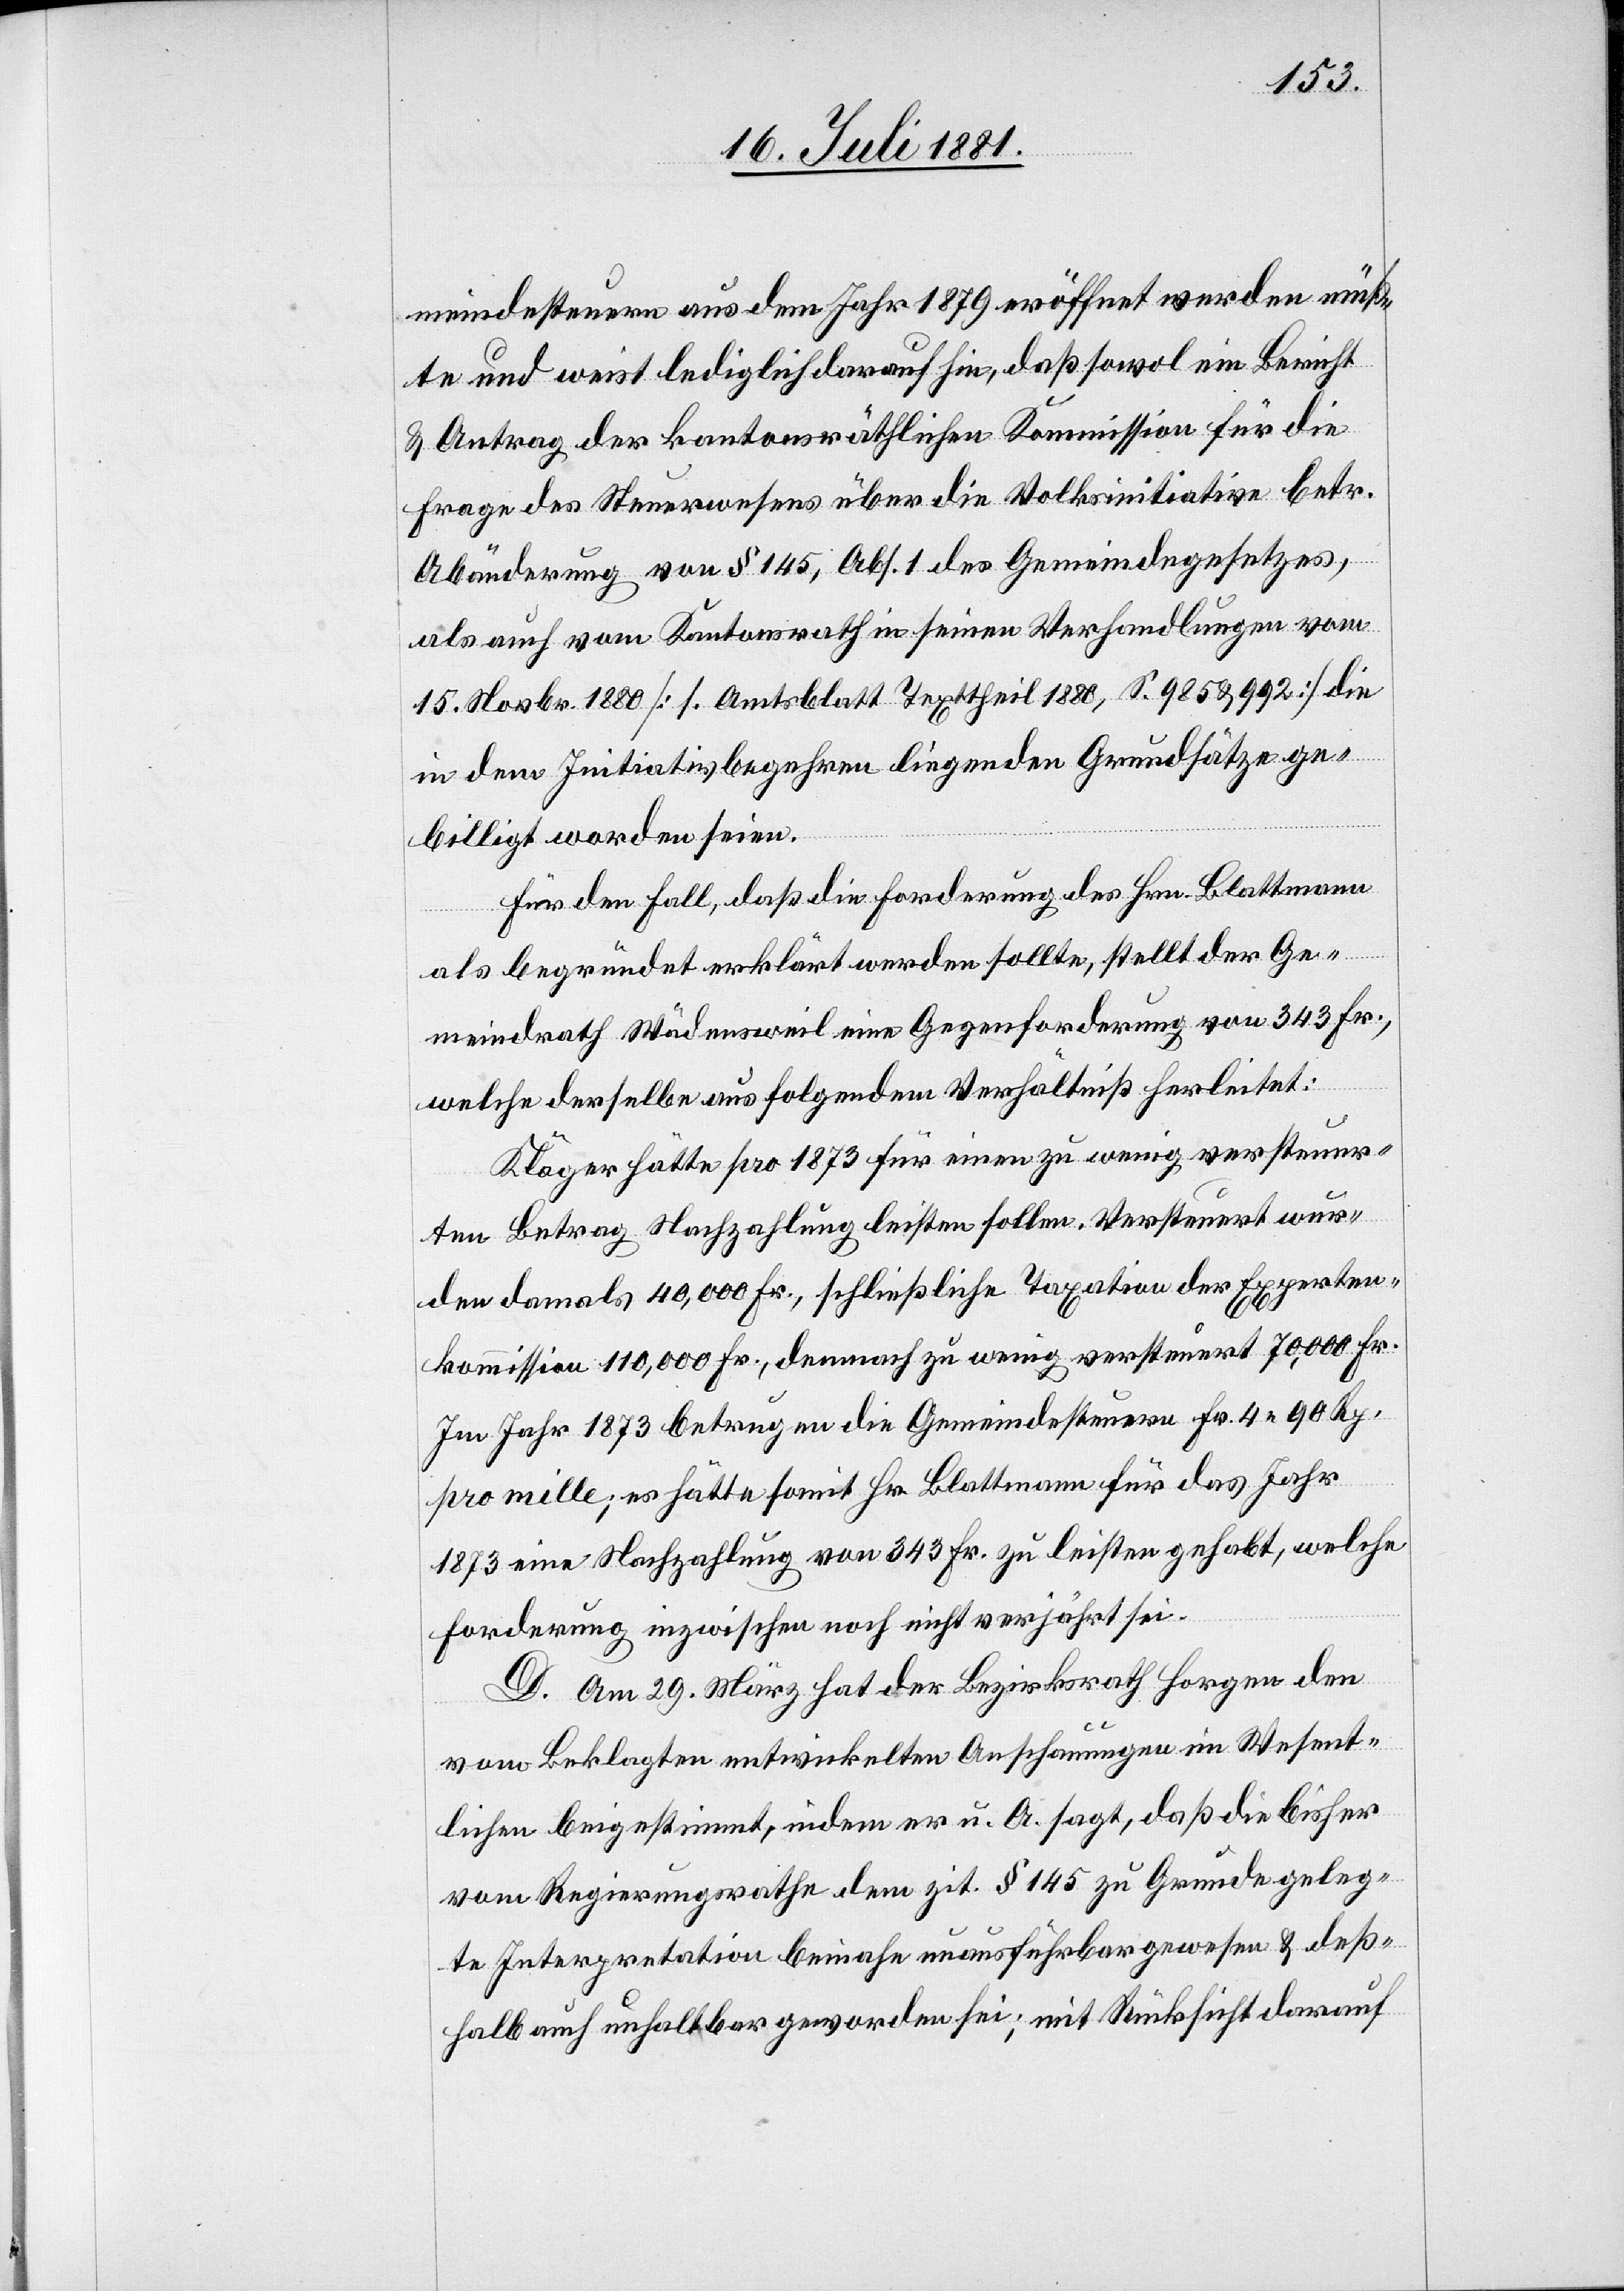
meindesteuern aus dem Jahr 1879 eröffnet werden müß¬
ten und weist lediglich darauf hin, daß sowol ein Bericht
& Antrag der kantonsräthlichen Kommission für die
Frage des Steuerwesens über die Volksinitiative betr.
Abänderung von § 145, Abs. 1 des Gemeindegesetzes,
als auch vom Kantonsrath in seinen Verhandlungen vom
15. Novbr. 1880 [1. Amtsblatt Texttheil 1880, S. 985 & 992] die
in dem Initiativbegehren liegenden Grundsätze ge¬
billigt worden seien.
Für den Fall, daß die Forderung des Hrn. Blattmann
als begründet erklärt werden sollte, stellt der Ge¬
meindrath Wädensweil eine Gegenforderung vom 343. Fr.,
welche derselbe aus folgendem Verhältniß herleitet:
Kläger hätte pro 1873 für einen zu wenig versteuer¬
ten Betrag Nachzahlung leisten sollen. Versteuert wur¬
den damals 40,000 Fr., schließliche Taxation der Experten¬
kommission 110,000 Fr., demnach zu wenig versteuert 70,000 Fr.
Im Jahr 1873 betrugen die Gemeindesteuern Fr.4 90 Rp.
pro mille; es hätte somit Hr. Blattmann für das Jahr
1873 eine Nachzahlung von 343 Fr. zu leisten gehabt, welche
Forderung inzwischen noch nicht verjährt sei.
D. Am 29. März hat der Bezirksrath Horgen den
vom Beklagten entwickelten Anschauungen im Wesent¬
lichen beigestimmt, indem er u. A. sagt, daß die bisher
vom Regierungsrathe dem zit. § 145 zu Grunde geleg¬
te Interpretation beinahe unausführbar gewesen & deß¬
halb auch unhaltbar geworden sei; mit Rücksicht darauf